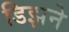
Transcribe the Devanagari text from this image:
डिझने